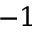
- 1